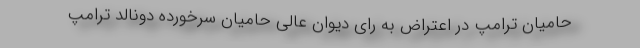
حامیان ترامپ در اعتراض به رای دیوان عالی حامیان سرخورده دونالد ترامپ